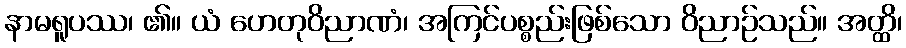
နာမရူပဿ၊ ၏။ ယံ ဟေတုဝိညာဏံ၊ အကြင်ပစ္စည်းဖြစ်သော ဝိညာဉ်သည်။ အတ္ထိ၊